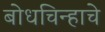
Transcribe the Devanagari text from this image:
बोधचिन्हाचे